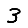
Digit: 3